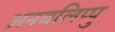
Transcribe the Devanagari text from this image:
अनबलिप्पु